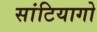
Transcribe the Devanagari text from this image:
सांटियागो